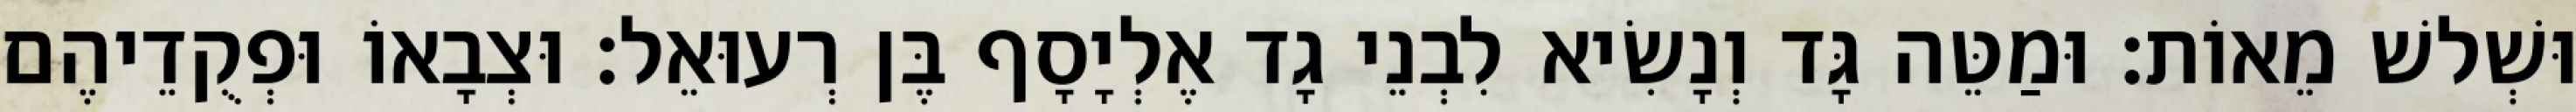
וּשְׁלשׁ מֵאוֹת׃ וּמַטֵּה גָּד וְנָשִׂיא לִבְנֵי גָד אֶלְיָסָף בֶּן רְעוּאֵל׃ וּצְבָאוֹ וּפְקֻדֵיהֶם